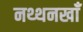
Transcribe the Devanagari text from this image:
नथ्थनखाँ